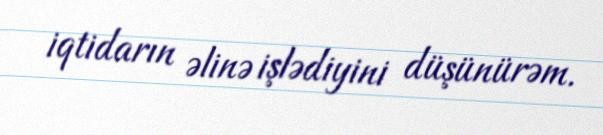
iqtidarın əlinə işlədiyini düşünürəm.